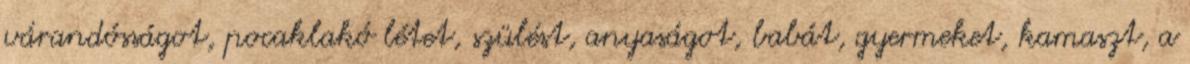
várandósságot, pocaklakó létet, szülést, anyaságot, babát, gyermeket, kamaszt, a